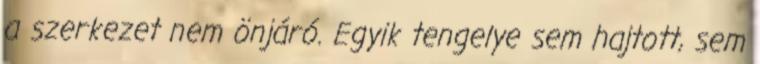
a szerkezet nem önjáró. Egyik tengelye sem hajtott, sem